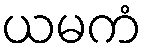
ယမကံ